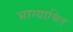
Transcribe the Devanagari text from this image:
भाग्याश्रित